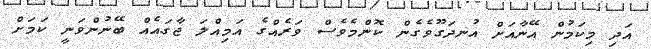
އަދި މިކަމުން އޭނާއަށް އުނދަގޫވެގެން ކޮންމެވެސް ވަރެއްގެ އަމިއްލަ ޖާގައެއް ބޭނުންވަނީ ކަމަށް